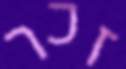
זכר